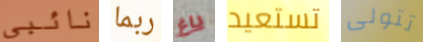
نائبي ربما باغ تستعيد تتولى